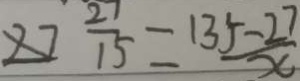
2 7 \frac { 2 7 } { 1 5 } = \frac { 1 3 5 - 2 7 } { x }